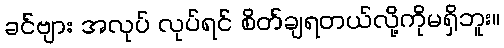
ခင်ဗျား အလုပ် လုပ်ရင် စိတ်ချရတယ်လို့ကိုမရှိဘူး။